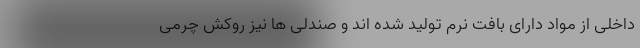
داخلی از مواد دارای بافت نرم تولید شده اند و صندلی ها نیز روکش چرمی